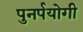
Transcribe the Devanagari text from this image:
पुनर्पयोगी